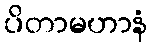
ပိတာမဟာနံ